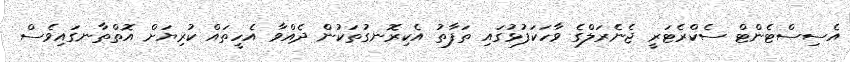
އެސިސްޓެންޓް ސެކްރެޓަރީ ޖެނެރަލްގެ ވާހަކަފުޅުގައި ތަފާތު އެކިރޮނގުތަކުން ދެއްވާ އެހީތައް ކުރިޔަށް އޮތްތާނގައިވެސް